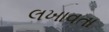
લખાવતા